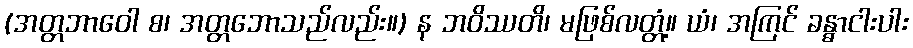
(အတ္တဘာဝေါ စ၊ အတ္တဘောသည်လည်း။) န ဘဝိဿတိ၊ မဖြစ်လတ္တံ့။ ယံ၊ အကြင် ခန္ဓာငါးပါး